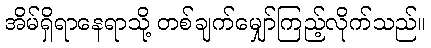
အိမ်ရှိရာနေရာသို့ တစ်ချက်မျှော်ကြည့်လိုက်သည်။